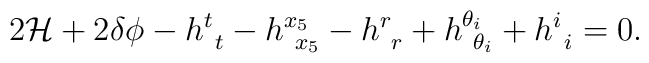
2 {\cal H} + 2 \delta \phi  -h^t_{~t} -  h^{x_5}_{~x_5} -  h^r_{~r}+h^{\theta_i}_{~\theta_i} + h^i_{~i} =0.